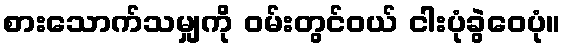
စားသောက်သမျှကို ဝမ်းတွင်ဝယ် ငါးပုံခွဲဝေပုံ။